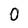
Character: 0